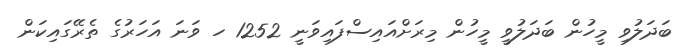
ބަދަލުވި މީހުން ބަދަލުވީ މީހުން މިރަށްއައިސްފައިވަނީ 1252 ހ ވަނަ އަހަރުގެ ތެރޭގައިކަން